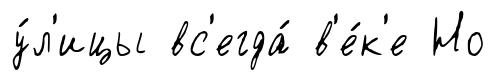
у́л'ицы вс'егда́ в'е́к'е Но